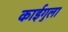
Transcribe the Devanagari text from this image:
काईगुला